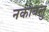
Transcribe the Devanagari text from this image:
नकोबलु